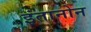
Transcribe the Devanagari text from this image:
इंतानोन